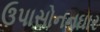
ઉપાસોનનઘાર